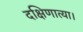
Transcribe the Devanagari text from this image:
दक्षिणात्या।